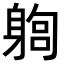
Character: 𨉫